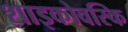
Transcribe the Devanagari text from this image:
शाइकोवस्कि